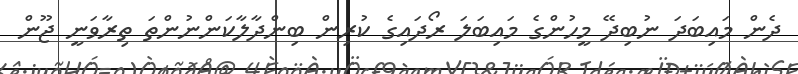
ދެން މައިބަދަ ނުބިދޭ މީހުންގެ މައިބަލަ ރޯދައިގެ ކުރިން ބިންދާލާކަންނުންތަ ތިރާވަނީ ޖޫން